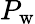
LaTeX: P_{\mathrm{{w}}}